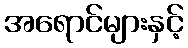
အရောင်များနှင့်